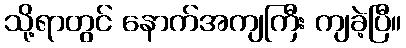
သို့ရာတွင် နောက်အကျကြီး ကျခဲ့ပြီ။